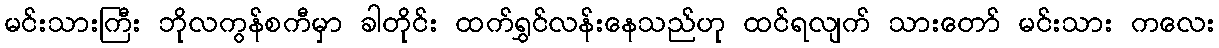
မင်းသားကြီး ဘိုလကွန်စကီမှာ ခါတိုင်း ထက်ရွှင်လန်းနေသည်ဟု ထင်ရလျက် သားတော် မင်းသား ကလေး